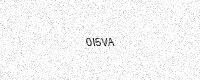
Text: 0I5VA